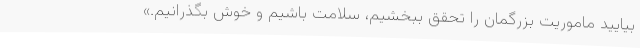
بیایید ماموریت بزرگمان را تحقق ببخشیم، سلامت باشیم و خوش بگذرانیم.»